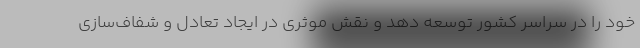
خود را در سراسر کشور توسعه دهد و نقش موثری در ایجاد تعادل و شفاف‌سازی